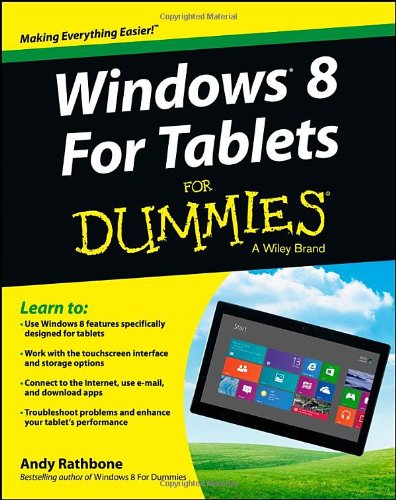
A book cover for Windows For Tablets For Dummies; Andy Rathbone; Computers & Technology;